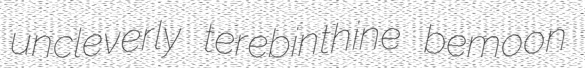
uncleverly terebinthine bemoon